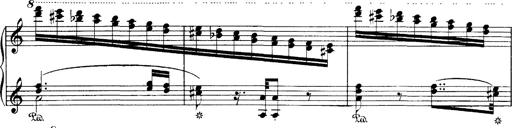
Title: Hungarian Rhapsody No.1
Composer: Franz Liszt
Key: C-sharp minor